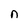
Character: n